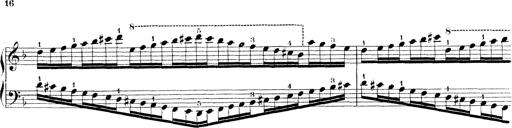
Title: Technische Studien
Composer: Franz Liszt